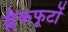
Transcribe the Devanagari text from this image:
ब्लैकफूटों